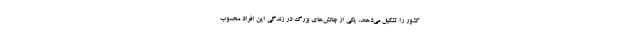
کشور را تشکیل می‌دهند، یکی از چالش‌های بزرگ در زندگی این افراد محسوب